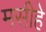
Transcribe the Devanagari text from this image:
मसीहे